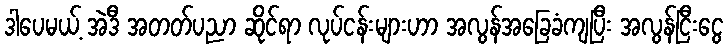
ဒါပေမယ့် အဲဒီ အတတ်ပညာ ဆိုင်ရာ လုပ်ငန်းများဟာ အလွန်အခြေခံကျပြီး အလွန်ငြီးငွေ